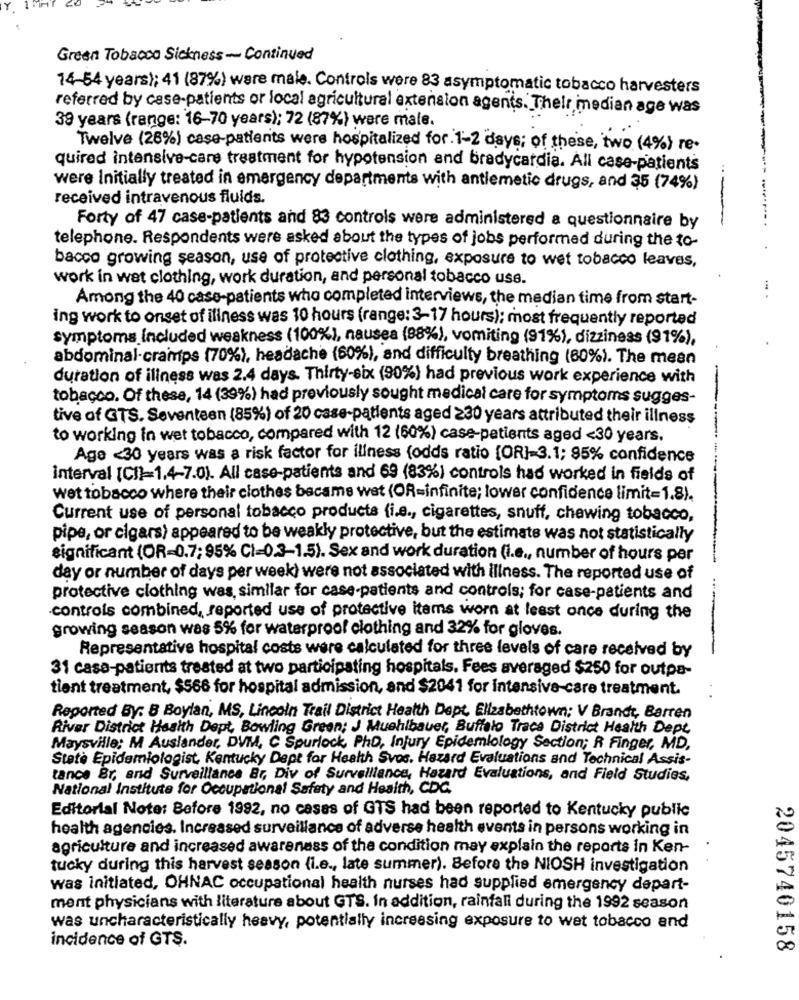
Green Tobacco Sickness- Continued
14-54 years); 41 (87%) ware male. Controls were 83 asymptomatic tobacco harvesters
referred by case-patients or local agricultural extension agents. Their imedian age was
39 years (range: 16-70 years); 72 (87%) were male.
Twelve (26%) case-patients were hospitalized for 1-2 days; of these, two (4%} re-
quired intensive-care treatment for hypotension and bradycardia. All case-patients
were Initially treated in emergency departments with antiemetic drugs, and 35 (74%)
received intravenous fluids.
Forty of 47 case-patients and 83 controls were administered a questionnaire by
telephone. Respondents were asked about the types of jobs performed during the to-
bacco growing season, use of protective clothing, exposure to wet tobacco leaves,
work in wet clothing, work duration, and personal tobacco use.
Among the 40 case-patients who completed interviews, the median time from start-
ing work to onset of illness was 10 hours (range: 3-17 hours); most frequently reported
symptoms Included weakness (100%), nausea (88%), vomiting (91%), dizziness (91%),
abdominal-cramps (70%), headache (60%), and difficulty breathing (60%). The mean
duration of illness was 2.4 days. Thirty-six (90%) had previous work experience with
tobacco. Of these, 14 (39%) had previously sought medical care for symptoms sugges-
tive of GTS. Seventeen (85%) of 20 case-patients aged 230 years attributed their illness
to working in wet tobacco, compared with 12 (60%) case-patients aged <30 years.
Age <30 years was a risk factor for illness (odds ratio [OR]-3.1; 95% confidence
interval [C]=1.4-7.0). All case-patients and 69 (83%) controls had worked in fields of
wet tobacco where their clothes became wet (OR=infinite; lower confidence limit=1.8).
Current use of personal tobacco products (i.e ., cigarettes, snuff, chewing tobacco,
pipe, or cigars) appeared to be weakly protective, but the estimate was not statistically
significant (OR=0.7;95% CI=0.3-1.5). Sex and work duration (I.e ., number of hours per
-------
day or number of days per week) were not associated with illness. The reported use of
...
protective clothing was, similar for case-patients and controls; for case-patients and
.controls combined, reported use of protective items worn at least once during the
growing season was 5% for waterproof clothing and 32% for gloves.
-
Representative hospital costs were calculated for three levels of care received by
-
31 casa-patients treated at two participating hospitals. Fees averaged $250 for outpa-
tient treatment, $566 for hospital admission, and $2041 for intensive care treatment.
Reported By: 8 Boylan, MS, Lincoln Trail District Health Dept, Elizabethtown; V Brandt, Barren
River District Health Dept, Bowling Green; J Mushibauer, Buffalo Trace District Health Dept.
Maysville; M Auslander, DVM, C Spurlock, Pho, Injury Epidemiology Section; R Finger, MD,
State Epidemiologist, Kentucky Dept for Health Svoc. Hazard Evaluations and Technical Assis-
tance Br, and Surveillance Br, Div of Surveillance, Hazard Evaluations, and Field Studies,
National Institute for Occupational Safety and Health, CDC.
Editorial Note: Before 1992, no casas of GTS had been reported to Kentucky public
health agencies. Increased surveillance of adverse health events in persons working in
agriculture and increased awareness of the condition may explain the reports in Ken-
tucky during this harvest season (i.e ., late summer). Before the NIOSH investigation
was initiated, OHNAC occupational health nurses had supplied emergency depart-
ment physicians with literature about GTS. In addition, rainfali during the 1992 season
was uncharacteristically heavy, potentially increasing exposure to wet tobacco and
incidence of GTS.
2045740158